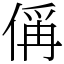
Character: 偁